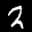
Label: 2